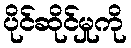
ပိုင်ဆိုင်မှုကို